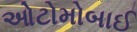
ઓટોમોબાઈ